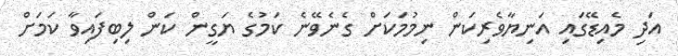
އަދި މެއިޑޭގައި އަނިޔާވެރިކަން ނިމުމަކަށް ގެނެވޭނެ ކަމުގެ ޔަގީން ކަން ލިބިފައިވާ ކަމަށް